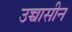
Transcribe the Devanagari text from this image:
उच्चासीन